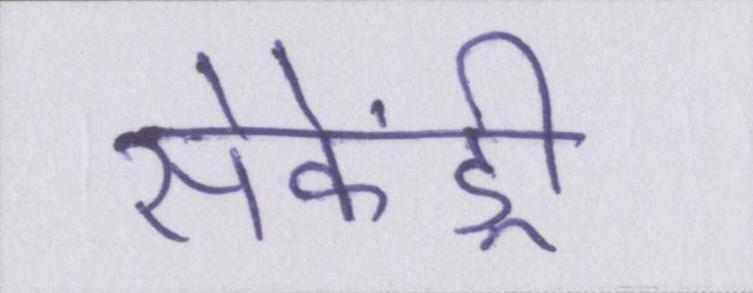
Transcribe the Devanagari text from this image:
सेकेंड्री